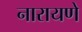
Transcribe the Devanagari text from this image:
नारायणे